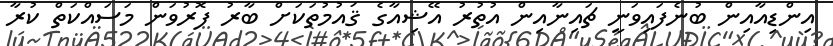
އިންޑިއާއިން ބުނެފައިވަނީ ޗައިނާއިން އުތުރު އޭޝިއާގެ ޤައުމުތަކަށް ބާރު ފޮރުވަން މަސައްކަތް ކުރާ